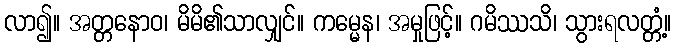
လာ၍။ အတ္တနောဝ၊ မိမိ၏သာလျှင်။ ကမ္မေန၊ အမှုဖြင့်။ ဂမိဿသိ၊ သွားရလတ္တံ့။